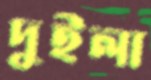
দুইলা